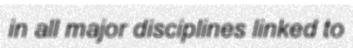
in all major disciplines linked to